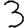
Digit: 3